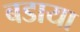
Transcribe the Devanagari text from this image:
बडाया